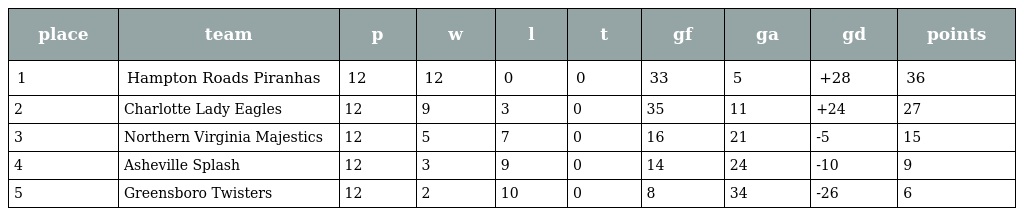
| place | team | p | w | l | t | gf | ga | gd | points |
 | --- | --- | --- | --- | --- | --- | --- | --- | --- | --- |
 | 1 | Hampton Roads Piranhas | 12 | 12 | 0 | 0 | 33 | 5 | +28 | 36 |
 | 2 | Charlotte Lady Eagles | 12 | 9 | 3 | 0 | 35 | 11 | +24 | 27 |
 | 3 | Northern Virginia Majestics | 12 | 5 | 7 | 0 | 16 | 21 | -5 | 15 |
 | 4 | Asheville Splash | 12 | 3 | 9 | 0 | 14 | 24 | -10 | 9 |
 | 5 | Greensboro Twisters | 12 | 2 | 10 | 0 | 8 | 34 | -26 | 6 |